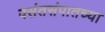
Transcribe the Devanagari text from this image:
वसंतसंपातच्या